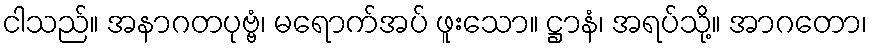
ငါသည်။ အနာဂတပုဗ္ဗံ၊ မရောက်အပ် ဖူးသော။ ဋ္ဌာနံ၊ အရပ်သို့။ အာဂတော၊